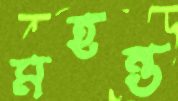
মহন্ত